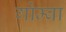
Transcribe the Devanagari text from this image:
गोम्बा